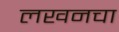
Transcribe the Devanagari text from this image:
लखनचा